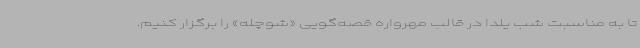
تا به مناسبت شب یلدا در قالب مهرواره قصه‌گویی «شوچله» را برگزار کنیم.